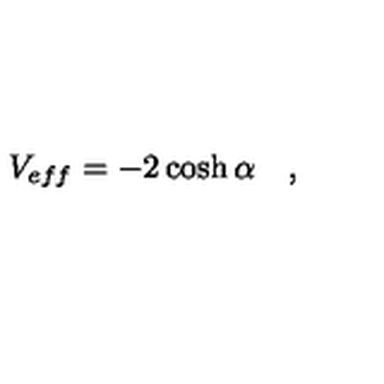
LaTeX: V _ { e f f } = - 2 \cosh \alpha \quad ,